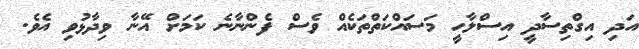
އަދި އިގްތިސާދީ އިސްލާހީ މަސައްކަތްތަކެއް ވެސް ފެންނާނެ ކަމަށް އޭނާ ވިދާޅުވި އެވެ.